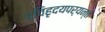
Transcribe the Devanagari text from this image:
द्विहृदयपर्यन्तं